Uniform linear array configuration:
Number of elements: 32
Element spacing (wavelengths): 0.5
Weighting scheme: blackman
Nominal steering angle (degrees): -45
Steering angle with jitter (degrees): -45.11
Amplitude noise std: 0.05
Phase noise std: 0.05

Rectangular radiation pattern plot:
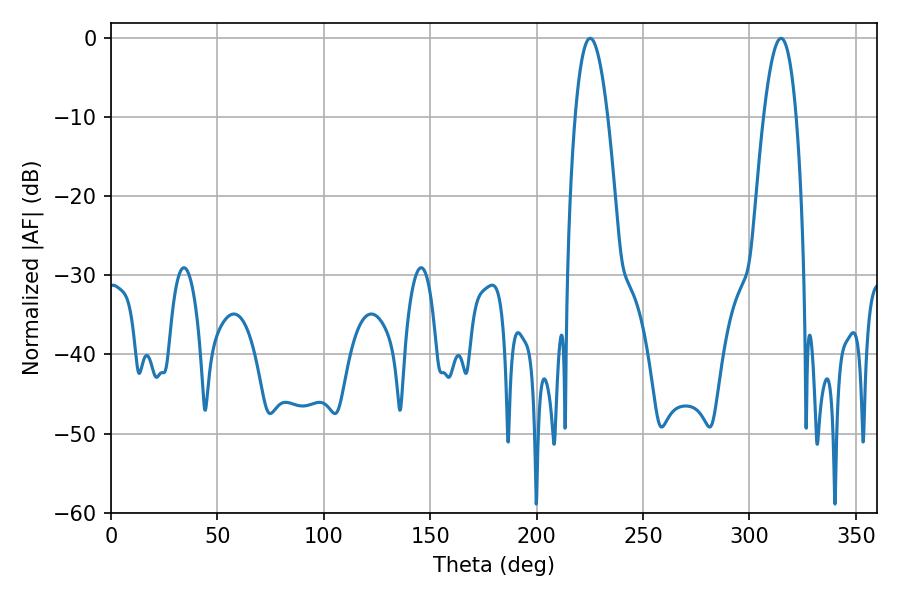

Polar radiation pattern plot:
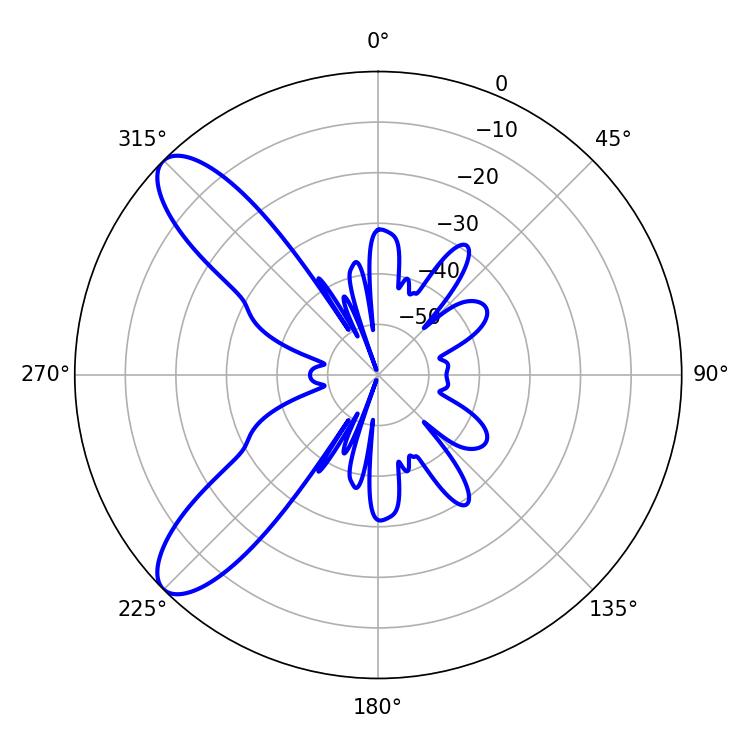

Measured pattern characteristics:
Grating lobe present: FALSE
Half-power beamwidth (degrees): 8.46
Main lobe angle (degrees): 225.18